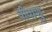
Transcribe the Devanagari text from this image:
वीवाणु